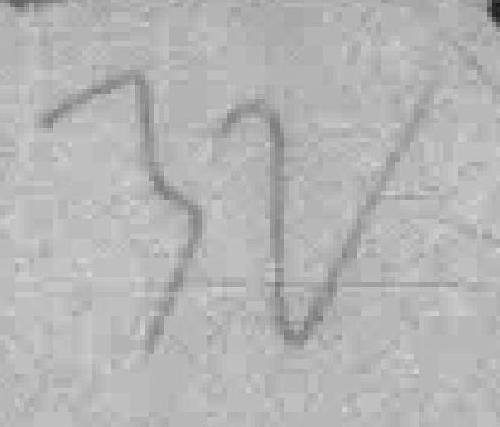
32